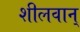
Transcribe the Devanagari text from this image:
शीलवान्